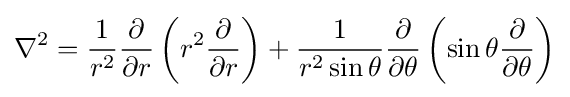
\nabla ^{2}={\frac {1}{r^{2}}}{\frac {\partial }{\partial r}}\left(r^{2}{\frac {\partial }{\partial r}}\right)+{\frac {1}{r^{2}\sin \theta }}{\frac {\partial }{\partial \theta }}\left(\sin \theta {\frac {\partial }{\partial \theta }}\right)